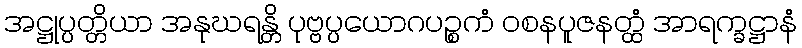
အဋ္ဌုပ္ပတ္တိယာ အနုဃရန္တိ ပုဗ္ဗပ္ပယောဂပဉ္စကံ ဝစနပူဇနတ္ထံ အာရက္ခဋ္ဌာနံ